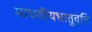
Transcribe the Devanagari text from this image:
माधवीयधातुवृत्ति